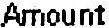
AMOUNT